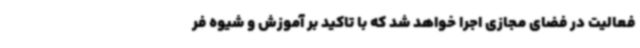
فعالیت در فضای مجازی اجرا خواهد شد که با تاکید بر آموزش و شیوه فر